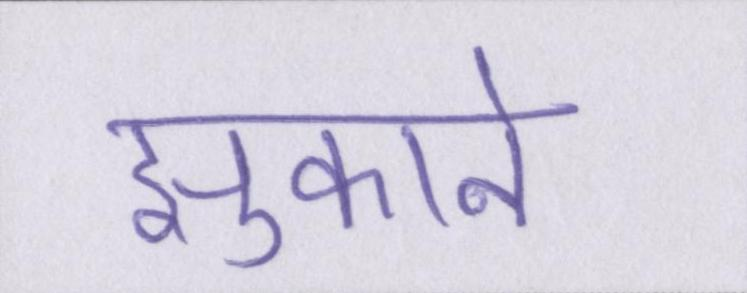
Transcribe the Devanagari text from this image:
झुकाने